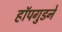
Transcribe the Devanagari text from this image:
हॉपगुडने